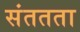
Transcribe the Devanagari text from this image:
संततता